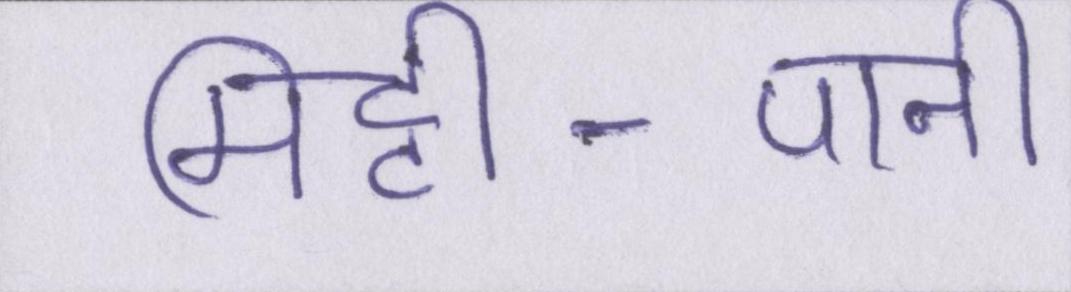
मिट्टी-पानी